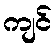
ကျင်